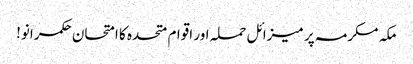
مکہ مکرمہ پر میزائل حملہ اور اقوام متحدہ کا امتحان	 حکمرانو!